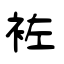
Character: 袏